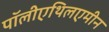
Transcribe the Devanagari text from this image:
पॉलीएथिलएमीन